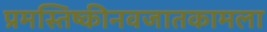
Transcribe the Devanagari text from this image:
प्रमस्तिष्कीनवजातकामला